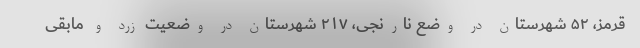
قرمز، ۵۲ شهرستان در وضع نارنجی، ۲۱۷ شهرستان در وضعیت زرد و مابقی